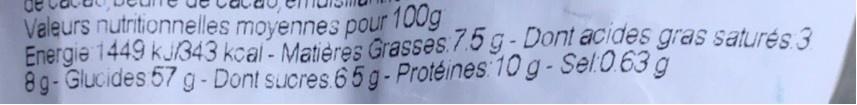
Valeurs nutritionnelles moyennes pour 100g Energie 1449 kJ343 kcal- Matières Grasses.7.5 g-Dont acides gras saturés 3 8g-Glucides 57 g - Dont sucres 65 g - Protéines: 10 g-Sel.0.63 g